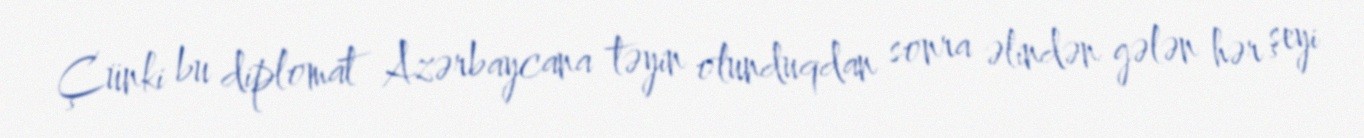
Çünki bu diplomat Azərbaycana təyin olunduqdan sonra əlindən gələn hər şeyi